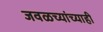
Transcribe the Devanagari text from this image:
जवळच्यांच्याही